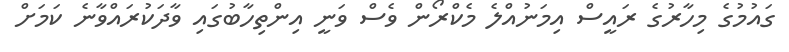
ގައުމުގެ މިހާރުގެ ރައީސް އިމަނުއްލެ މެކްރޯން ވެސް ވަނީ އިންތިހާބުގައި ވާދަކުރައްވާނެ ކަމަށް